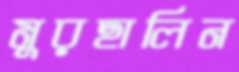
মুরছালিন